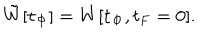
\tilde { W } [ { \bf t _ { \Phi } } ] = W [ { \bf t _ { \Phi } } , t _ { F } = 0 ] .